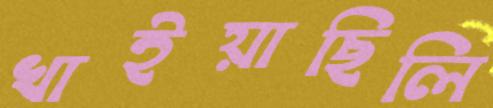
খাইয়াছিলি